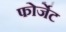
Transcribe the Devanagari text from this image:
फोर्जेट